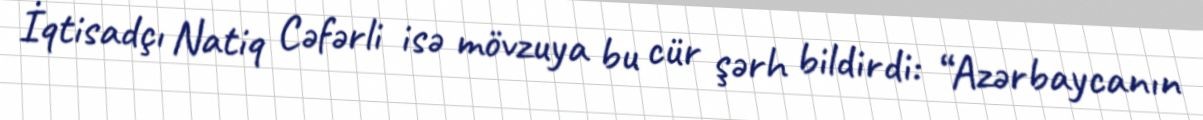
İqtisadçı Natiq Cəfərli isə mövzuya bu cür şərh bildirdi: “Azərbaycanın